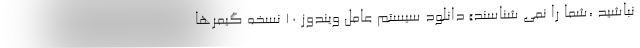
نباشید ،شما را نمی شناسند» دانلود سیستم عامل ویندوز 10 نسخه گیمرها